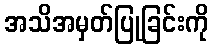
အသိအမှတ်ပြုခြင်းကို